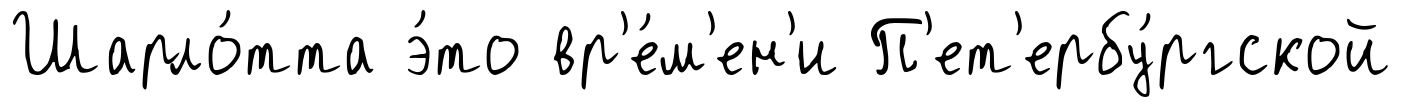
Шарло́тта э́то вр'е́м'ен'и П'ет'ербу́ргской